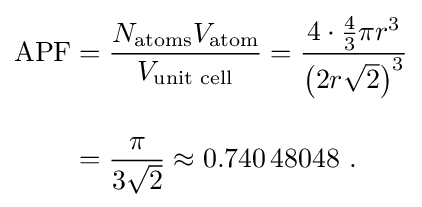
{\begin{aligned}\mathrm {APF} &={\frac {N_{\mathrm {atoms} }V_{\mathrm {atom} }}{V_{\text{unit cell}}}}={\frac {4\cdot {\frac {4}{3}}\pi r^{3}}{\left({2r{\sqrt {2}}}\right)^{3}}}\\[10pt]&={\frac {\pi }{3{\sqrt {2}}}}\approx 0.740\,48048\ .\end{aligned}}